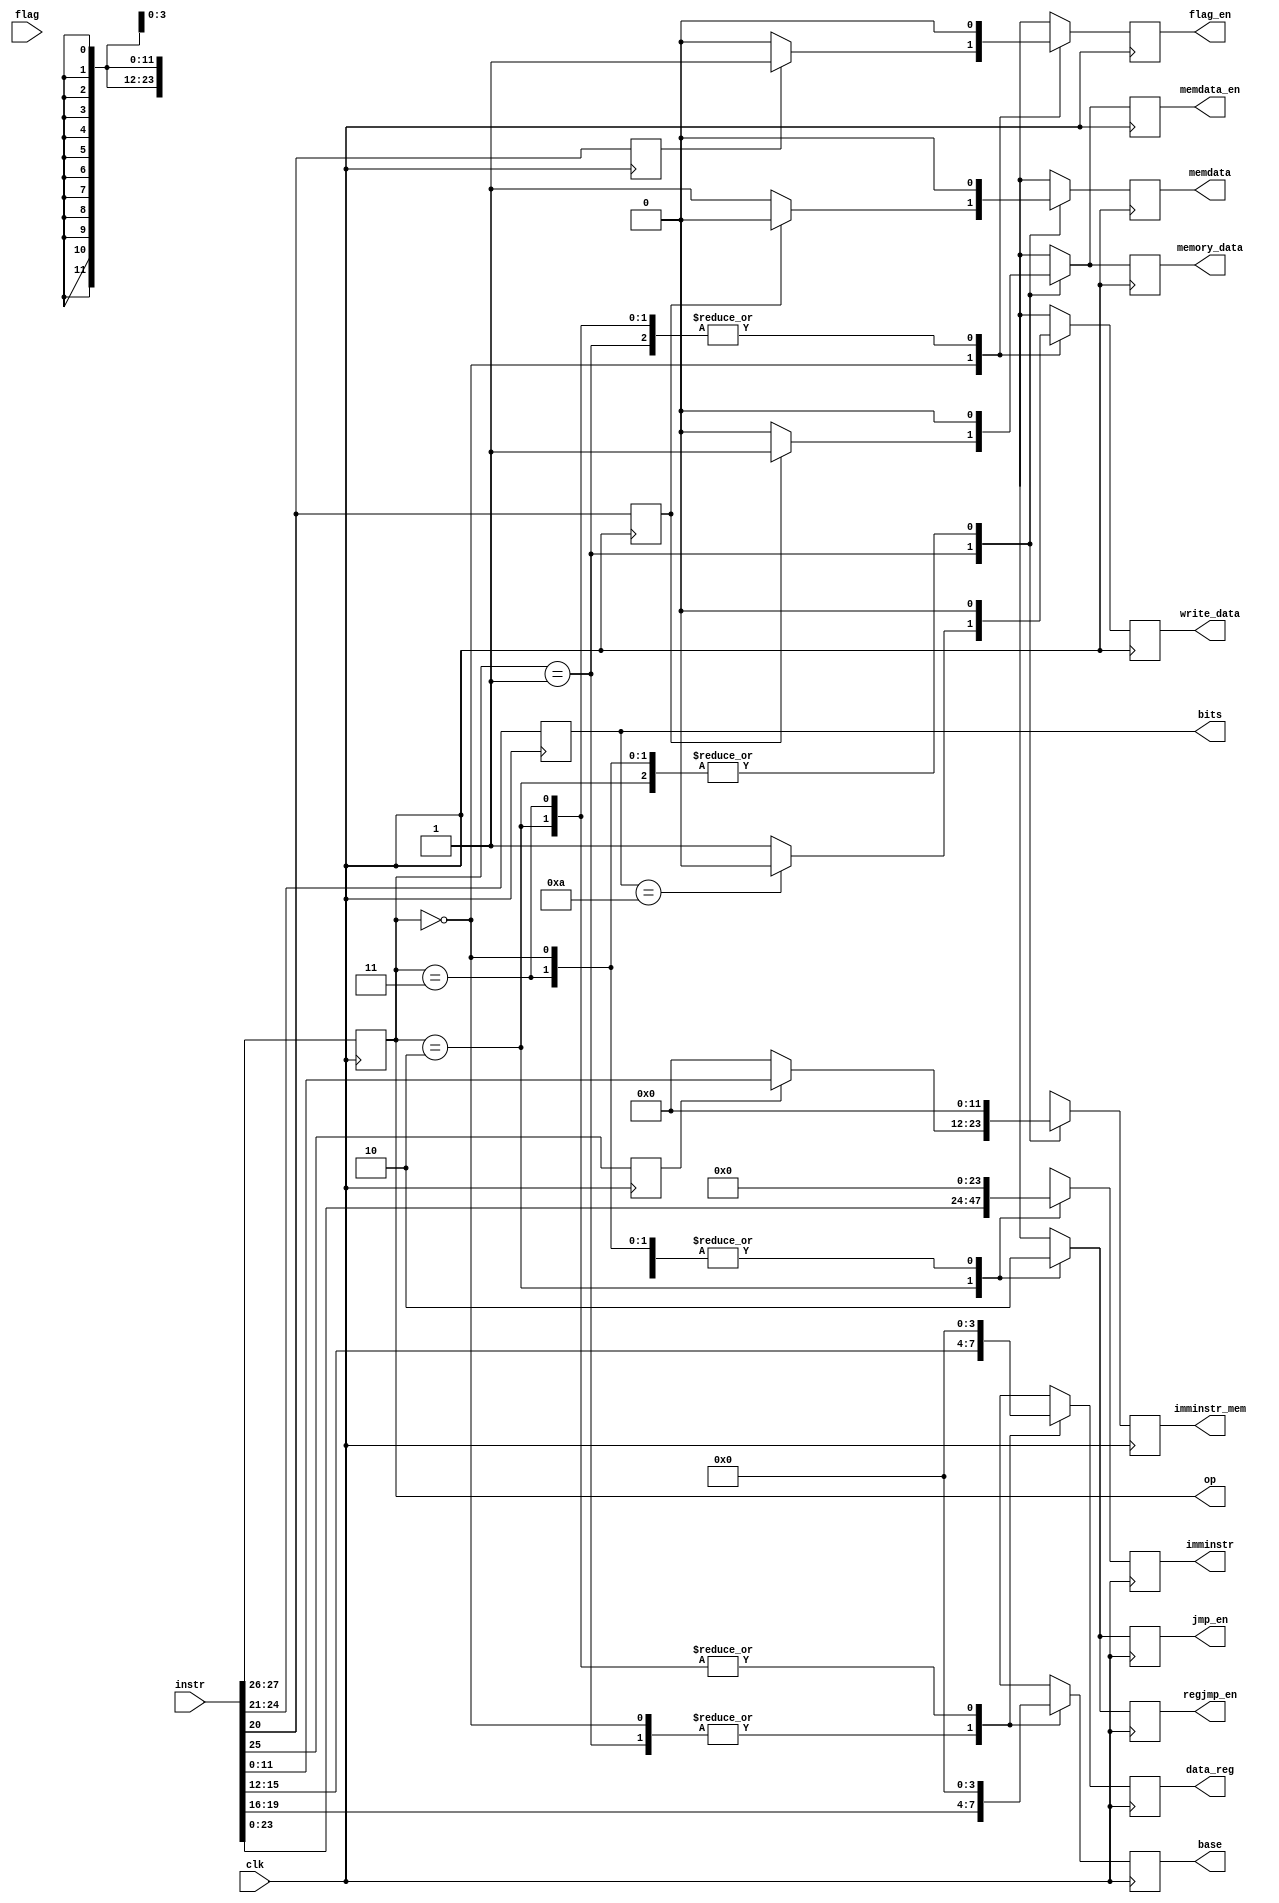

module decoder_module(
   input [31:0] instr,
	input clk,
	input [3:0] flag,
	output reg [1:0] op,
	output reg [3:0] bits,
	output reg [23:0] imminstr,
	output reg [3:0] base,
	output reg [3:0] data_reg,
	output reg [11:0] imminstr_mem,
	output reg jmp_en,
	output reg regjmp_en,
	output reg flag_en,
	output reg write_data,
	output reg memory_data,	
	output reg memdata,
	output reg memdata_en
    );
	 
	 reg m, n, k;
	 
	 always @ (posedge clk)
	 begin
		bits <= instr [24:21];
		op <= instr [27:26];
		m <= instr [20];	
		n <= instr [20];	
		k <= instr [25];
		case (op)
		0:
		begin
			jmp_en <= 0;	
			imminstr <= 0;	
			regjmp_en <= 0;	
			base <= instr [19:16];
			data_reg <= instr [15:12];	
			memory_data <= 0;	
			imminstr_mem <= 0;
			memdata <= 0;
			memdata_en <= 0;
			if (m == 1) flag_en <= 1;
			else flag_en <= 0;
			if (bits == 10) write_data <= 0;
			else write_data <= 1;
		end
		1:
		begin
			jmp_en <= 0;
			regjmp_en <= 0;
			imminstr <= 0;
			flag_en <= 0;
			write_data <= 0;
			base <= instr [19:16];
			data_reg <= instr [15:12];
			memdata_en <= 1;
			if (n == 1)
			begin
				memory_data <= 1;
				memdata <= 0;
				memdata_en <= 1;
			end
			else
			begin
				memory_data <= 0;
				memdata <= 1;
				memdata_en <= 0;
			end
			if (k == 1) imminstr_mem <= instr [11:0];	
			else imminstr_mem <= 0;
		end
		2:
		begin
			jmp_en <= 1;
			regjmp_en <= 1;
			imminstr <= instr [23:0];
			flag_en <= 0;
			write_data <= 0;
			base <= 0;
			data_reg <= 0;
			memory_data <= 0;
			imminstr_mem <= 0;
			memdata <= 0;
			memdata_en <= 0;			
		end
		3:
		begin
			jmp_en <= 0;
			regjmp_en <= 0;
			imminstr <= 0;
			flag_en <= 0;
			write_data <= 0;
			base <= 0;
			data_reg <= 0;
			memory_data <= 0;	
			imminstr_mem <= 0;
			memdata <= 0;
			memdata_en <= 0;
		end
	endcase
	 end
endmodule